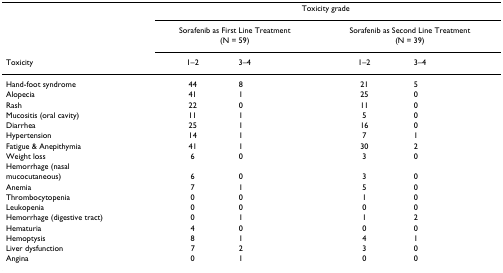
|  | <COLSPAN=4> Toxicity grade |
 |  | <COLSPAN=2> Sorafenib as First Line Treatment(N = 59) | <COLSPAN=2> Sorafenib as Second Line Treatment(N = 39) |
 | Toxicity | 1–2 | 3–4 | 1–2 | 3–4 |
 | --- | --- | --- | --- | --- |
 | Hand-foot syndrome | 44 | 8 | 21 | 5 |
 | Alopecia | 41 | 1 | 25 | 0 |
 | Rash | 22 | 0 | 11 | 0 |
 | Mucositis (oral cavity) | 11 | 1 | 5 | 0 |
 | Diarrhea | 25 | 1 | 16 | 0 |
 | Hypertension | 14 | 1 | 7 | 1 |
 | Fatigue & Anepithymia | 41 | 1 | 30 | 2 |
 | Weight loss | 6 | 0 | 3 | 0 |
 | Hemorrhage (nasal |  |  |  |  |
 | mucocutaneous) | 6 | 0 | 3 | 0 |
 | Anemia | 7 | 1 | 5 | 0 |
 | Thrombocytopenia | 0 | 0 | 1 | 0 |
 | Leukopenia | 0 | 0 | 0 | 0 |
 | Hemorrhage (digestive tract) | 0 | 1 | 1 | 2 |
 | Hematuria | 4 | 0 | 0 | 0 |
 | Hemoptysis | 8 | 1 | 4 | 1 |
 | Liver dysfunction | 7 | 2 | 3 | 0 |
 | Angina | 0 | 1 | 0 | 0 |